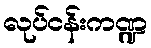
လုပ်ငန်းကဏ္ဍ